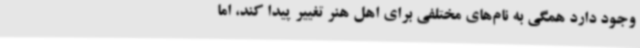
وجود دارد همگی به نام‌های مختلفی برای اهل هنر تغییر پیدا کند، اما